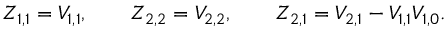
Z _ { 1 , 1 } = V _ { 1 , 1 } , \qquad Z _ { 2 , 2 } = V _ { 2 , 2 } , \qquad Z _ { 2 , 1 } = V _ { 2 , 1 } - V _ { 1 , 1 } V _ { 1 , 0 } .